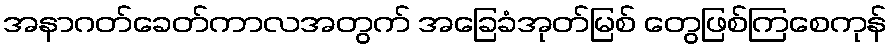
အနာဂတ်ခေတ်ကာလအတွက် အခြေခံအုတ်မြစ် တွေဖြစ်ကြစေကုန်